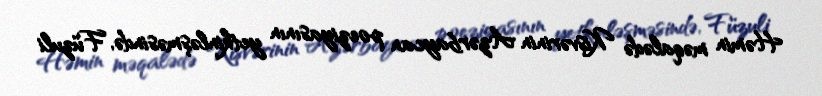
Həmin məqalədə Kişvərinin Azərbaycan poeziyasının yetkinləşməsində, Füzuli